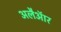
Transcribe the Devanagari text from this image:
अलैऑर